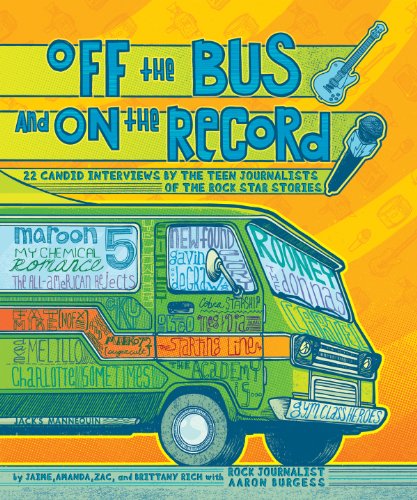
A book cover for Off the Bus and On the Record: 22 Candid Rock Interviews by the Teen Journalists of the Rock Star; Amanda Rich; Teen & Young Adult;